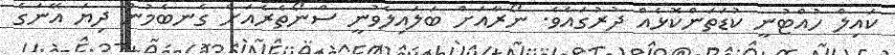
ކައިލް ހުއްޓުނީ ކުޑަތަންކޮޅެއް ދުރުގައެވެ. ނޯރާއަށް ބަލައިލެވުނީ ސްނޯތެރެއަށް ގެނބެމުން ދިޔަ އޭނަގެ